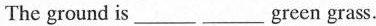
The ground is_green grass.